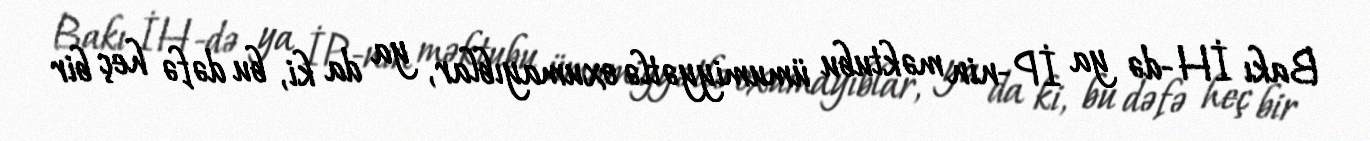
Bakı İH-də ya İP-nin məktubu ümumiyyətlə oxumayıblar, ya da ki, bu dəfə heç bir